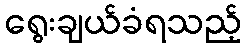
ရွေးချယ်ခံရသည့်